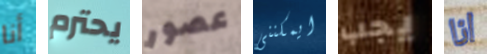
أنا يحترم عصور ايمكننى يجب انا